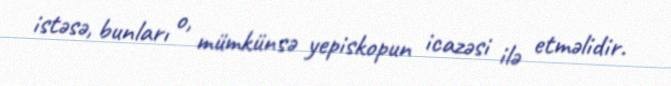
istəsə, bunları o, mümkünsə yepiskopun icazəsi ilə etməlidir.